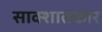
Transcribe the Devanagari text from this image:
साक्शातकार